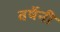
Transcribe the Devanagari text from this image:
वर्षेनी